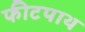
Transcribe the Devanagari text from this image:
फीटपाथ